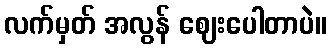
လက်မှတ် အလွန် ဈေးပေါတာပဲ။